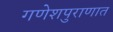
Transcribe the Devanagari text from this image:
गणेशपुराणात